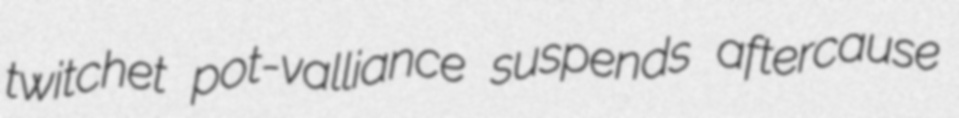
twitchet pot-valliance suspends aftercause